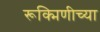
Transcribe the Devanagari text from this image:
रूक्मिणीच्या